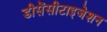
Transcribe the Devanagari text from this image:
डीसेंसीटाइजेशन